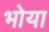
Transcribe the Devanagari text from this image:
भोया